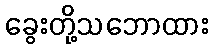
ခွေးတို့သဘောထား